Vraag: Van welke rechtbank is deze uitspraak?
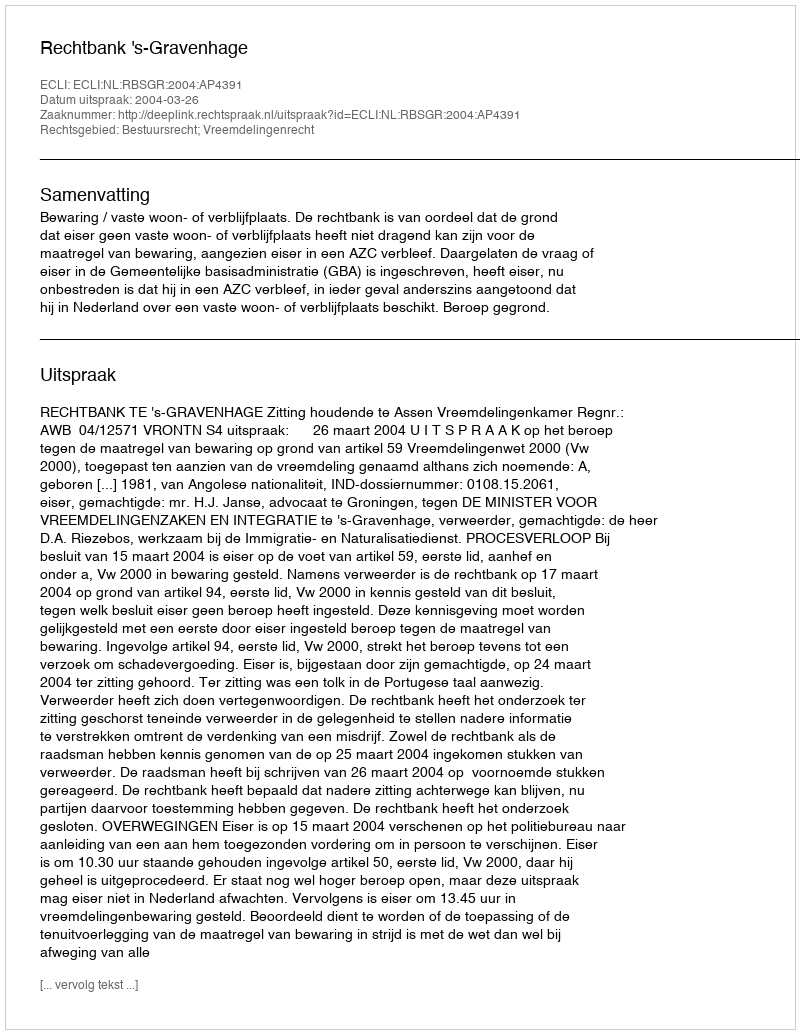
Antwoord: Rechtbank 's-Gravenhage